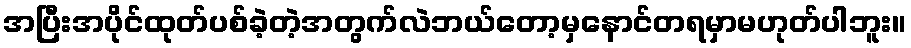
အပြီးအပိုင်ထုတ်ပစ်ခဲ့တဲ့အတွက်လဲဘယ်တော့မှနောင်တရမှာမဟုတ်ပါဘူး။